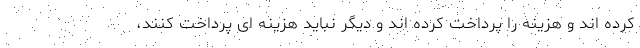
کرده اند و هزینه را پرداخت کرده اند و دیگر نباید هزینه ای پرداخت کنند،